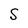
Character: S